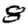
Digit: 8